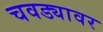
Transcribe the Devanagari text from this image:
चवड्यावर